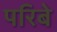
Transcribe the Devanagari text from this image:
परिबे